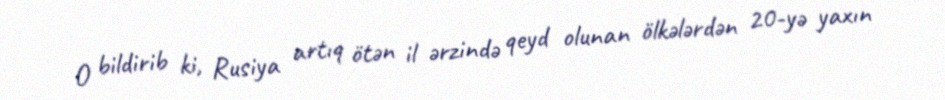
O bildirib ki, Rusiya artıq ötən il ərzində qeyd olunan ölkələrdən 20-yə yaxın